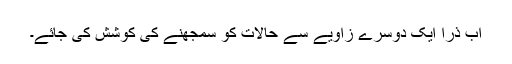
اب ذرا ایک دوسرے زاویے سے حالات کو سمجھنے کی کوشش کی جائے۔